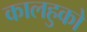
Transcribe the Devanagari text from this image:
कालहुको